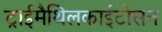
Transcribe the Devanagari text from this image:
ट्राईमैथिलकाईटोसन